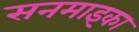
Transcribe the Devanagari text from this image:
सनमाइका